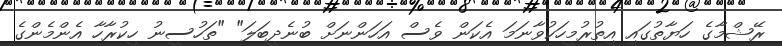
ރޭޝްމާގެ ހަޔާތުގައި އިތުރުމީހަކުވާނަމަ އެކަން ވެސް އަހަންނަށް ބުނެދީބަލަ" "ތަހުސީނު ހީކުރާހާ އެންމެންގެ